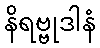
နိရဗ္ဗုဒါနံ